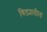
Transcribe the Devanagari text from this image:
विठ्यातील